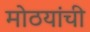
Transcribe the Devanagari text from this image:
मोठयांची